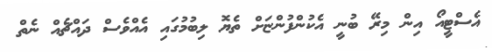
އެސްޓީއޯ އިން މިރޭ ބުނީ އެކުންފުންޏަށް ތެޔޮ ލިބުމުގައި އެއްވެސް ދައްޗެއް ނެތް